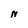
Character: N